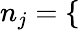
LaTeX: n_{j}=\left\{ \begin{array}{ll}{\begin{array}{rlr}\end{array}}\end{array}\right.